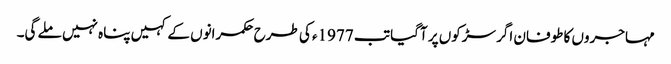
مہاجروں کا طوفان اگر سڑکوں پر آگیا تب 1977ء کی طرح حکمرانوں کے کہیں پناہ نہیں ملے گی۔